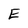
Character: E